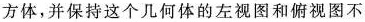
方体，并保持这个几何体的左视图和俯视图不